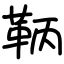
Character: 鞆